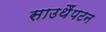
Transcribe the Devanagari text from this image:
साउथैंपटन